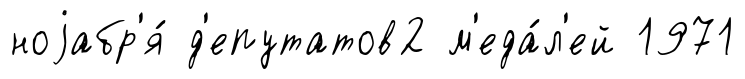
ноjабр'я́ д'епутатов2 м'еда́л'ей 1971